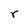
Character: r